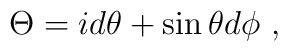
\Theta = i d \theta + \sin \theta d \phi\ ,